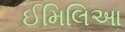
ઈમિલિઆ